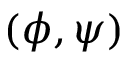
\left( \phi , \psi \right)